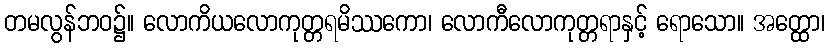
တမလွန်ဘဝ၌။ လောကိယလောကုတ္တရမိဿကော၊ လောကီလောကုတ္တရာနှင့် ရောသော။ အတ္ထော၊